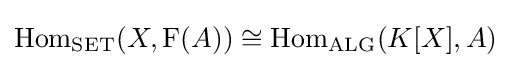
\operatorname {Hom} _{\mathrm {SET} }(X,\operatorname {F} (A))\cong \operatorname {Hom} _{\mathrm {ALG} }(K[X],A)